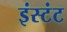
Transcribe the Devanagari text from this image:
इंस्टंट